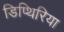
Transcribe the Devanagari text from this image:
डिप्थिरिया